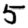
Digit: 5